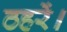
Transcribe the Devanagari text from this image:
ठहरें।